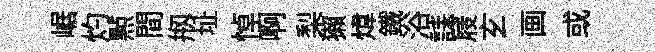
崌灼㸃間剏址悼啊梨獺煒鐵浴誄屐𤣥画或